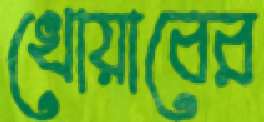
খোয়াবের